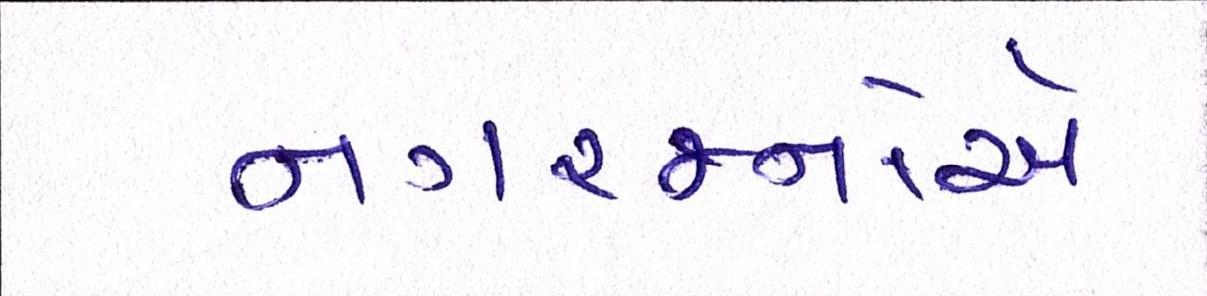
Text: નગરજનોએ